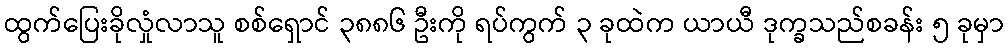
ထွက်ပြေးခိုလှုံလာသူ စစ်ရှောင် ၃၈၈၆ ဦးကို ရပ်ကွက် ၃ ခုထဲက ယာယီ ဒုက္ခသည်စခန်း ၅ ခုမှာ